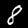
Digit: 8